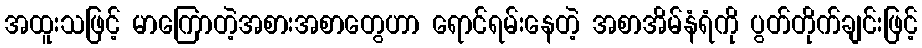
အထူးသဖြင့် မာကြောတဲ့အစားအစာတွေဟာ ရောင်ရမ်းနေတဲ့ အစာအိမ်နံရံကို ပွတ်တိုက်ချင်းဖြင့်